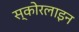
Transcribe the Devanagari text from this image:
स्कोरलाइन